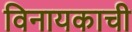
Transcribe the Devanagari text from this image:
विनायकाची